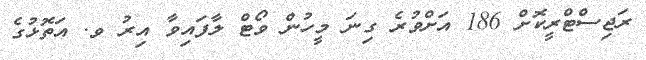
ރަޖިސްޓްރީކޮށް 186 އަށްވުރެ ގިނަ މީހުން ވޯޓް ލާފައިވާ އިރު ވ. އަތޮޅުގެ